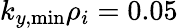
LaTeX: k_{y,\mathrm{min}}\rho_{i}=0.05